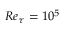
R e _ { \tau } = 1 0 ^ { 5 }